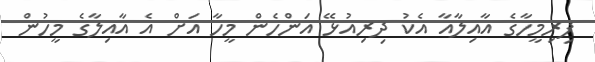
ފިރިމީހާގެ އާއިލާއާ އެކު ދިރިއުޅޭ އަންހެން މީހާ އަށް އެ އާއިލާގެ މީހުން